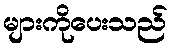
များကိုပေးသည်